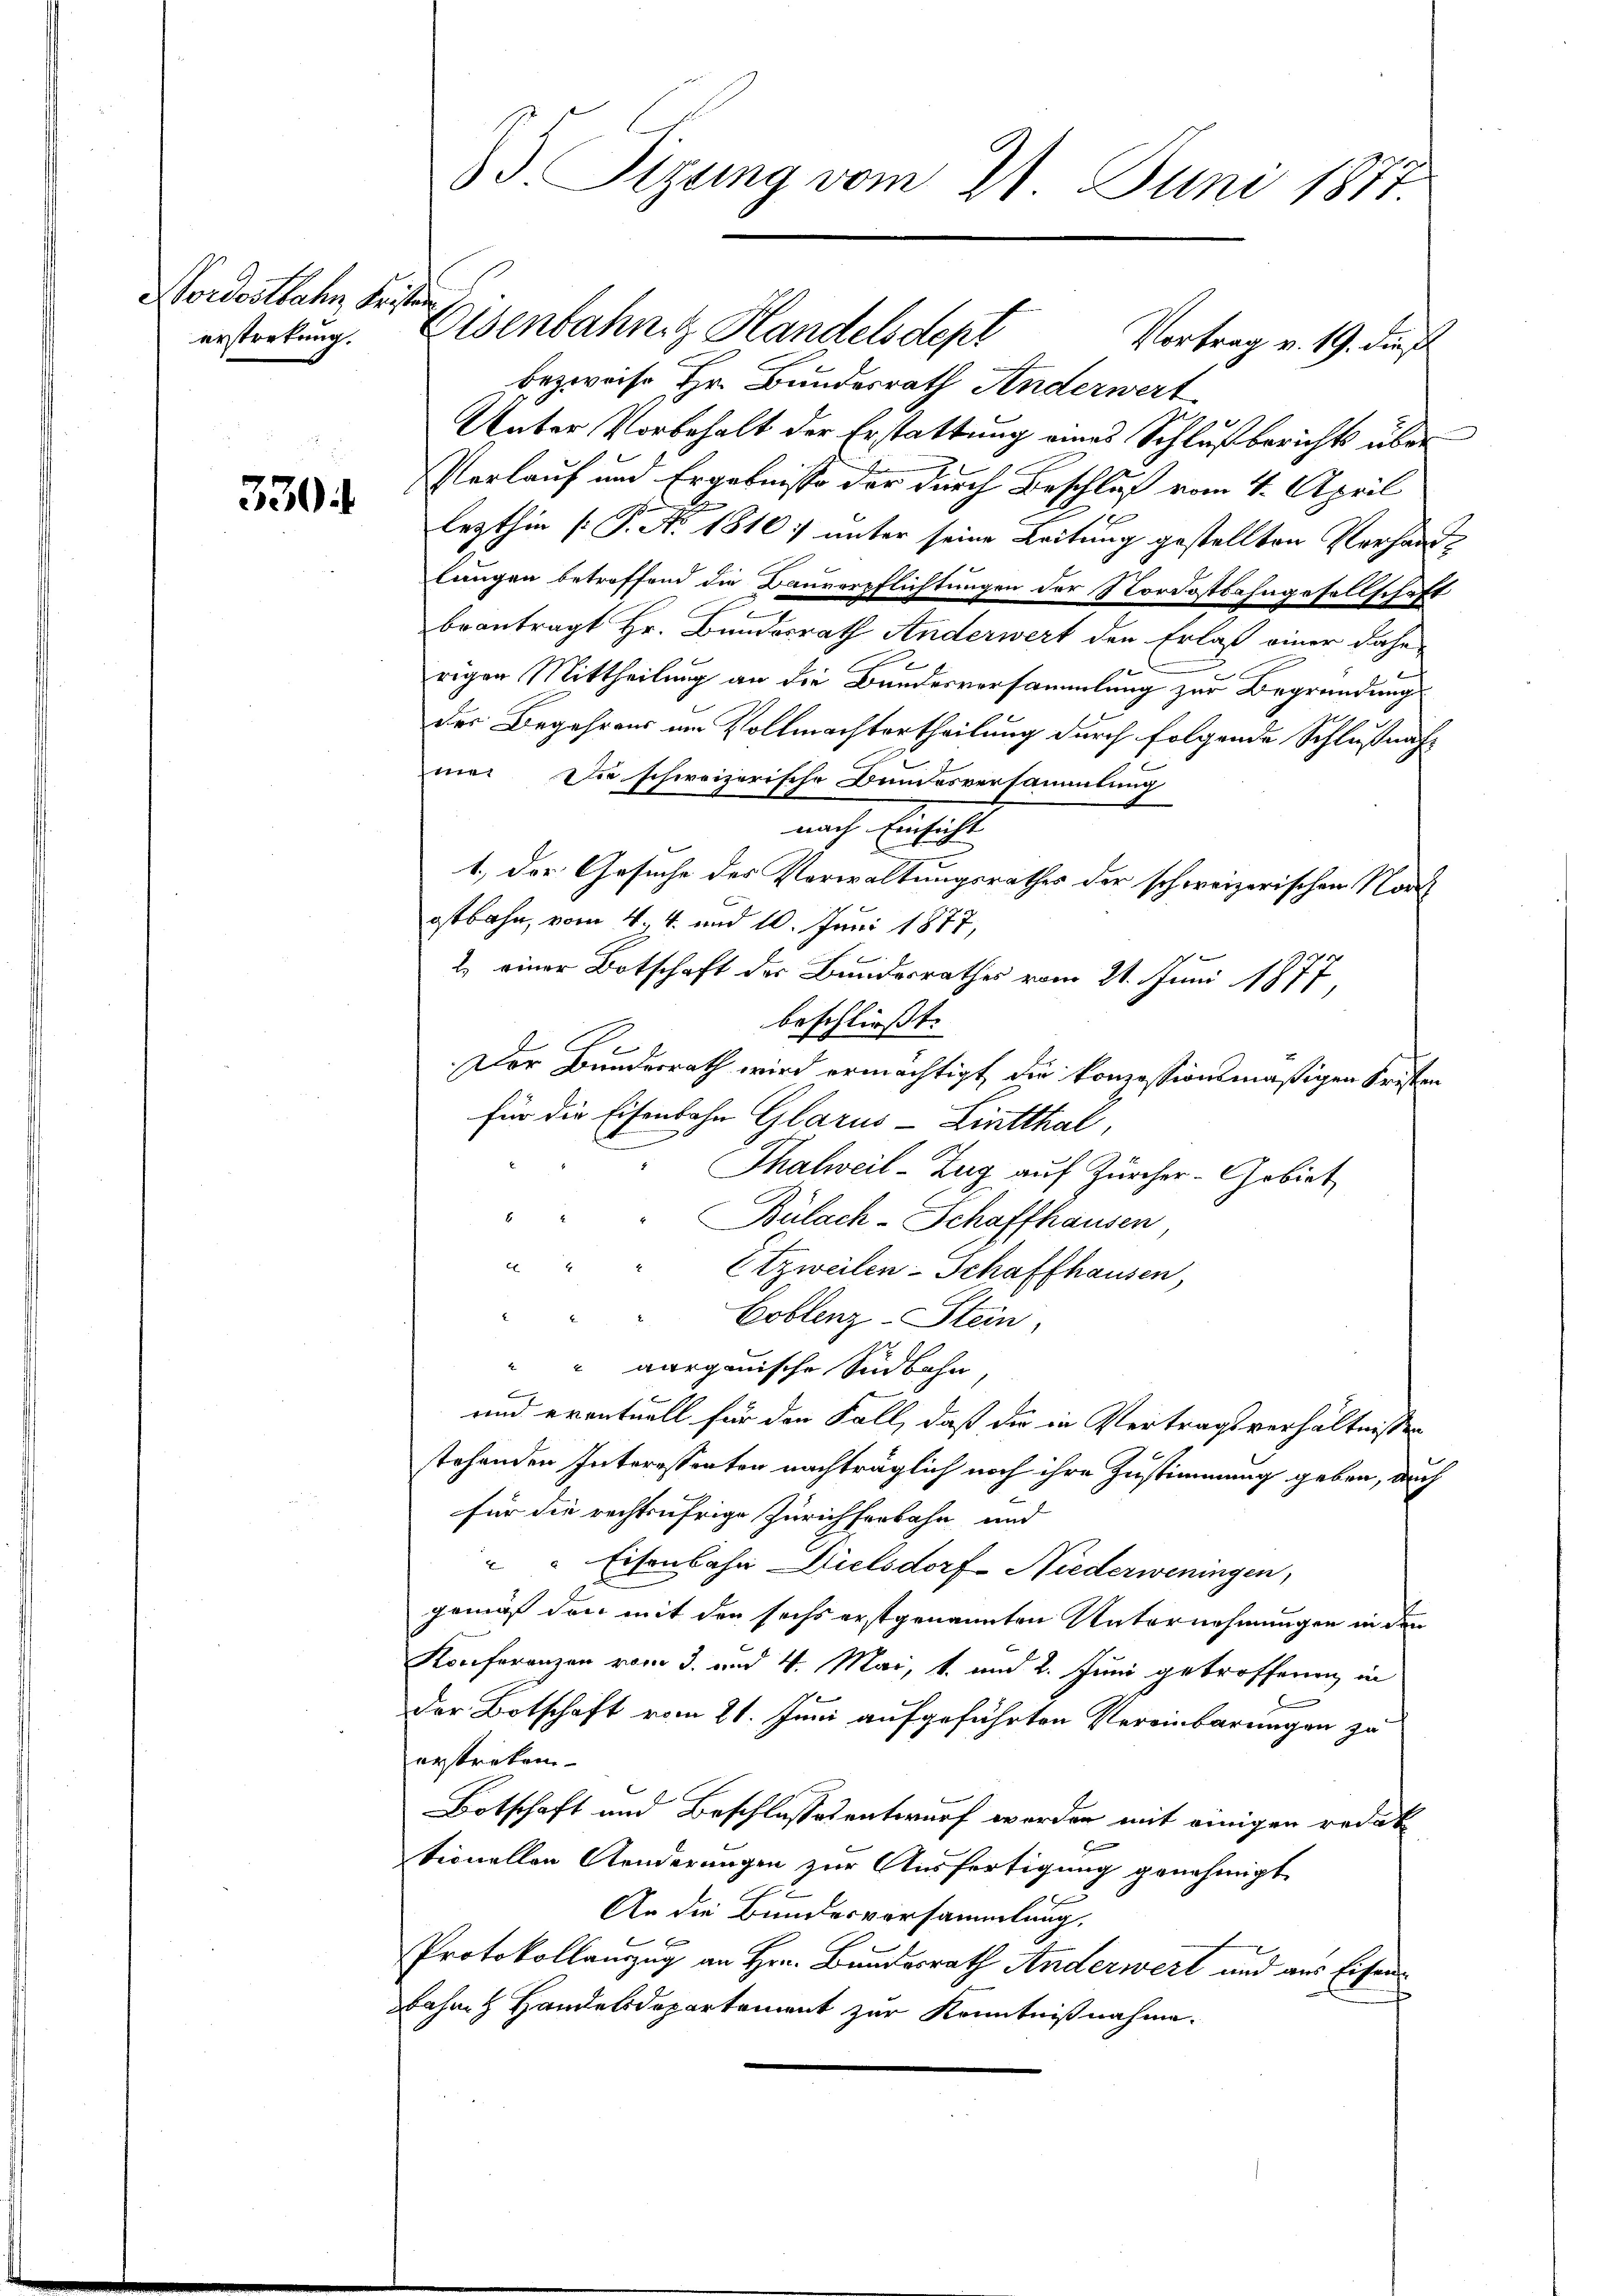
Nordostbahn Fristen
erstretung.

3304

85 Sizung vom 21. Juni 1877

Elsenbahng Handelsdept
bezweife Hr. Bundesrath Anderwert
Unter Vorbehalt der Erstattung eines Schlußberichts über
Verlauf und Ergebnisse der durch Beschluß vom 4. April
lezthin [P. Ao 1810. unter seine Leitung gestellten Verhandlungen betroffend die Bauverpflichtungen der Nordostbahngesellschaft
beantragt Hr. Bundesrath Anderwert den Erlaß einer dahe
rigen Mittheilung an die Bandesversammlung zur Begründung
der Begehrens um Vollmachtertheilung durch folgende Schlußnahmer Dir schweizerische Bundesversammlung
nach Einsicht
1., der Gesuche des Verwaltungsrathes der schweizerischen Nord
ostbahn, vom 4. 4. und 10. Juni 1877,
2. einer Botschaft der Bundesrathes vom 21. Juni 1877,
beschließt:
Der Bundesrath wird ermächtigt, die konzessionsmäßigen Kristen
für die Eisenbahn Glarus - Lintthal
Thalweil-Zug auf Zürcher-Gebiet
Bülach-Schaffhausen,
" " " Etzweilen-Schaffhausen,
Coblenz-Stein
" aargauische Südbahn
und eventuell für den Fall, daß die in Vertragsverhältnissen
stehenden Interessenten nachträglich noch ihre Zustimmung geben, auch
e
für die rechtsufrige Zürichserbahn und
" Eisenbahn Dielsdorf Niederweningen,
gemäß den mit den sechs erstgenannten Unternehmungen in den
Konferenzen vom 3. und 4. Mai, 1. und 2. Juni getroffenen in
.
Der Botschaft vom 21. Juni aufgeführten Vereinbarungen zu
erstriken
Botschaft und Beschlussesentwurf worden mit einigen redak
tionellen Aenderungen zur Ausfertigung genehmigt.
An die Bundesversammlung,
Protokollanzug an Hrn. Bundesrath Anderwert und aus Eisen
bahn Handelsdepartement zur Kenntnißnahme.

Vortrag v. 19. dieß